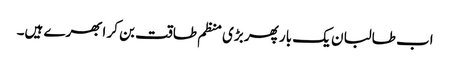
اب طالبان یک بار پھر بڑی منظم طاقت بن کر ابھرے ہیں۔